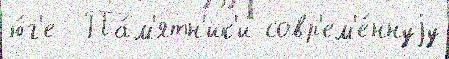
ю́г'е  Па́м'ятн'ик'и совр'ем'е́ннуjу